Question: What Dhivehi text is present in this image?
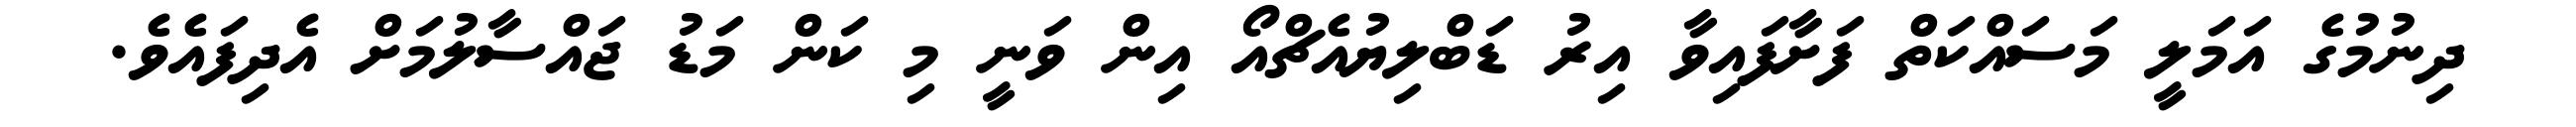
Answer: ދިނުމުގެ އަމަލީ މަސައްކަތް ފަށާފައިވާ އިރު ޑަބްލިޔުއެޗްއޯ އިން ވަނީ މި ކަން މަޑު ޖައްސާލުމަށް އެދިފައެވެ.